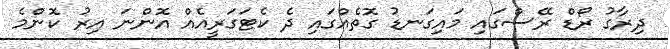
ދިރާގު ރޯޑް ރޭސްގައި މައިގަނޑު ގޮތެއްގައި ދެ ކެޓަގަރީއެއް އޮންނަ އިރު ކޮންމެ